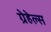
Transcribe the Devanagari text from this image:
ग्रेहेल्स